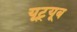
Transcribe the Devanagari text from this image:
यूट़्यूब